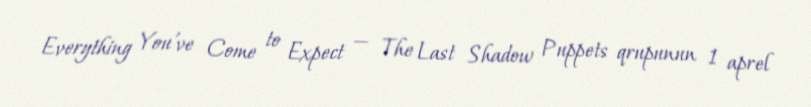
Everything You've Come to Expect — The Last Shadow Puppets qrupunun 1 aprel